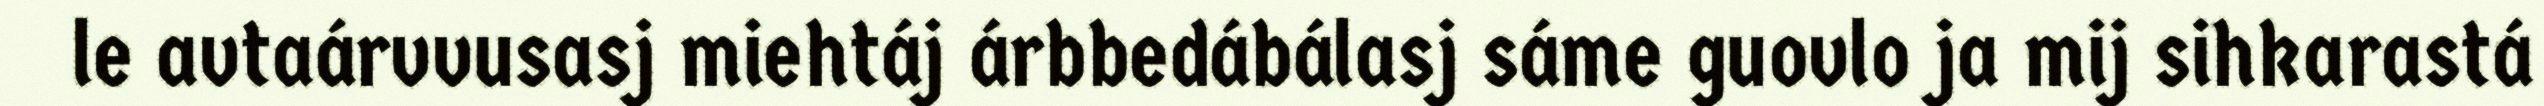
le avtaárvvusasj miehtáj árbbedábálasj sáme guovlo ja mij sihkarastá